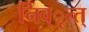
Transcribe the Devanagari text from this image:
निव्ृत्त्